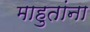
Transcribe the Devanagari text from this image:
माहुतांना